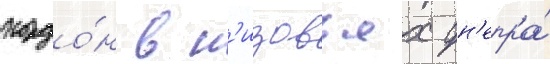
кордо́н в н'изовьях дн'епра́